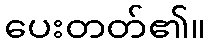
ပေးတတ်၏။